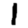
Digit: 1